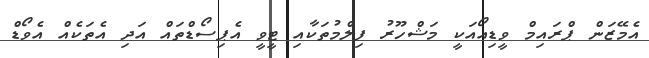
އެމޭޒަން ޕްރައިމް ވީޑިއޯއަކީ މަޝްހޫރު ފިލްމުތަކާއި ޓީވީ އެޕިސޯޑްތައް އަދި އެތަކެއް އެވޯޑް